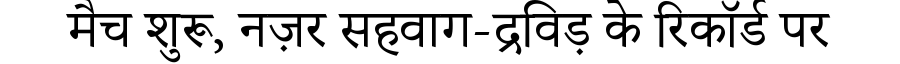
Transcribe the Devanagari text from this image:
मैच शुरू, नज़र सहवाग-द्रविड़ के रिकॉर्ड पर